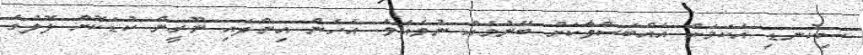
ސިކުނޑި އެކަމަށް އެއްބަސްވާކަށް ބޭނުމެއް ނުވެއެވެ. އެހެން އިންދައި ނޫރީން ކުޑަކޮށް ލޮލުގެ